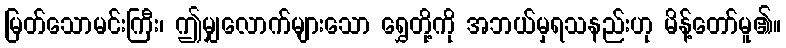
မြတ်သောမင်းကြီး၊ ဤမျှလောက်များသော ရွှေတို့ကို အဘယ်မှရသနည်းဟု မိန့်တော်မူ၏။